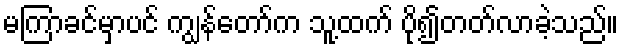
မကြာခင်မှာပင် ကျွန်တော်က သူ့ထက် ပို၍တတ်လာခဲ့သည်။